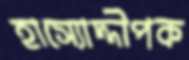
হাস্যোদ্দীপক